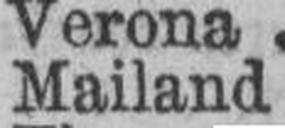
Mailand